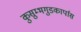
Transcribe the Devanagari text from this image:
कुसुम्भगुडकार्पास